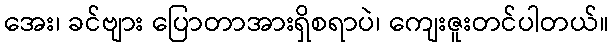
အေး၊ ခင်ဗျား ပြောတာအားရှိစရာပဲ၊ ကျေးဇူးတင်ပါတယ်။